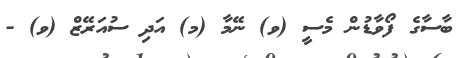
ބާސާގެ ފޯވާޑުން މެސީ (ވ) ނޭމާ (މ) އަދި ސުއަރޭޒް (ވ) -